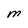
Character: M